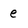
Character: e